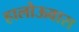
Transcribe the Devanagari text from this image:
हालोऊवास